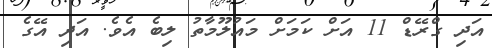
އަދި ގްރޭޑް 11 އަށް ކަމަަށް މައުލޫމާތު ލިބެ އެވެ. އަދި އޭގެ